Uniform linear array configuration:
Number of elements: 24
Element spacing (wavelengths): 0.75
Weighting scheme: kaiser
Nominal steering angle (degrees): -30
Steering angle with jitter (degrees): -28.793
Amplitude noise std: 0.05
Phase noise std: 0.05

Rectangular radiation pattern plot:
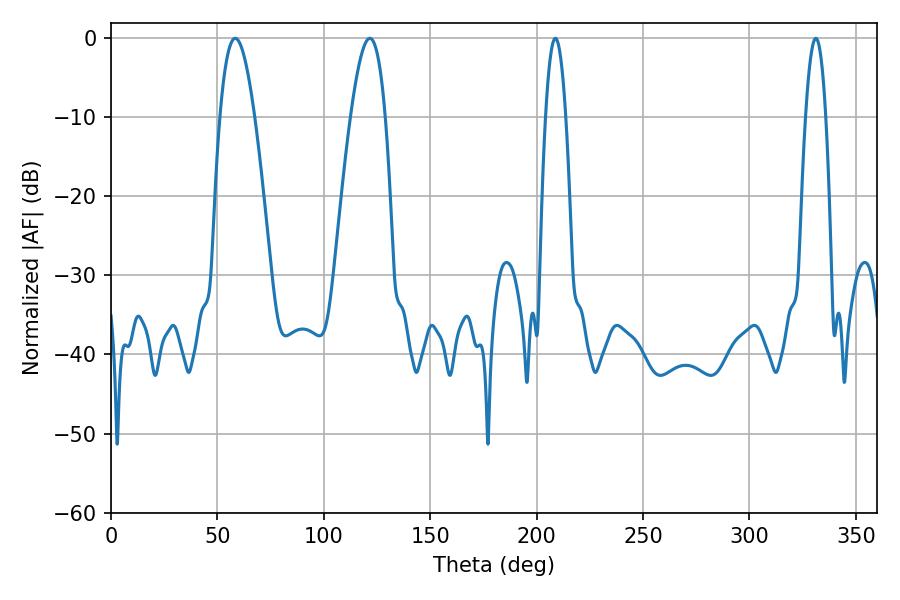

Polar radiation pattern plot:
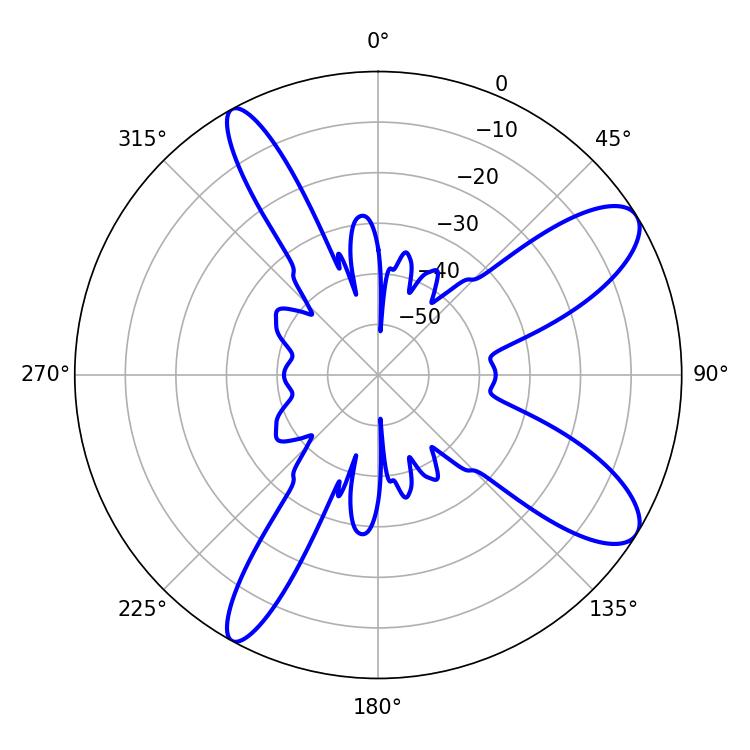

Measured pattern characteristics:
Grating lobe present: TRUE
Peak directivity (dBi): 10.178
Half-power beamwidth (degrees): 5.22
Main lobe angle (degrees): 208.8